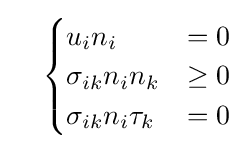
\quad {\begin{cases}u_{i}n_{i}&=0\\\sigma _{ik}n_{i}n_{k}&\geq 0\\\sigma _{ik}n_{i}\tau _{k}&=0\end{cases}}